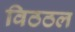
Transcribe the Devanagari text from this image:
विठठल